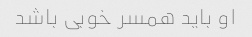
او باید همسر خوبی باشد